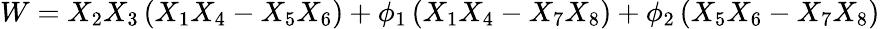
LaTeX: W=X_{2}X_{3}\left(X_{1}X_{4}-X_{5}X_{6}\right)+\phi_{1}\left(X_{1}X_{4}-X_{7}X_{8}\right)+\phi_{2}\left(X_{5}X_{6}-X_{7}X_{8}\right)